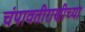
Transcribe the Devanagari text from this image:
चंपावतीराणीच्या